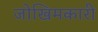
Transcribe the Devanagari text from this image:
जोखिमकारी